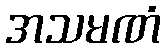
အသမဏံ